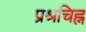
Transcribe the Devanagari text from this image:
प्रश्रचिह्न